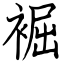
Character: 䘿